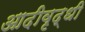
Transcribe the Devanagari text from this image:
आदीवृद्धी